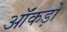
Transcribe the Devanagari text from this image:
ऑंकड़ों